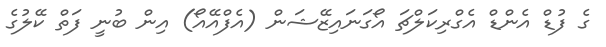
ގެ ފުޑް އެންޑް އެގްރިކަލްޗަ އޯގަނައިޒޭޝަން (އެފްއޭއޯ) އިން ބުނީ ފަތް ކޭލުގެ